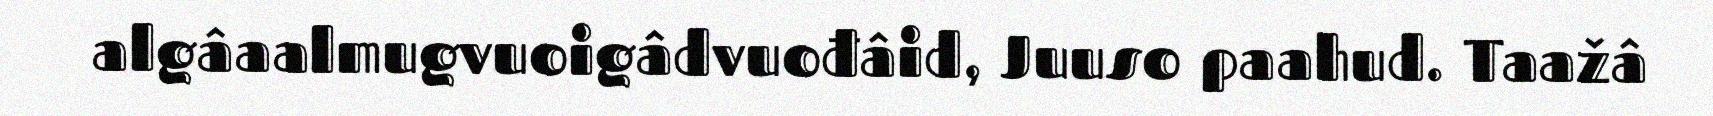
algâaalmugvuoigâdvuođâid, Juuso paahud. Taažâ